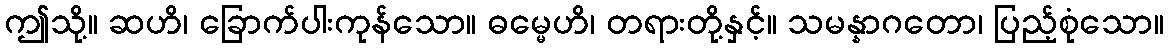
ဤသို့။ ဆဟိ၊ ခြောက်ပါးကုန်သော။ ဓမ္မေဟိ၊ တရားတို့နှင့်။ သမန္နာဂတော၊ ပြည့်စုံသော။